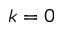
k = 0